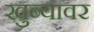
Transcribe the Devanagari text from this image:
खुब्यावर